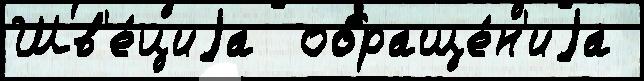
Шв'е́циjа  обраще́н'иjа